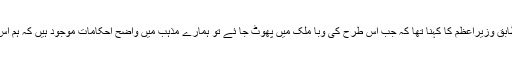
سرکاری پریس ریلیز کے مطابق وزیراعظم کا کہنا تھا کہ جب اس طرح کی وبا ملک میں پھوٹ جا ئے تو ہمارے مذہب میں واضح احکامات موجود ہیں کہ ہم اس سے کیسے نمٹ سکتے ہیں۔